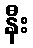
နီး